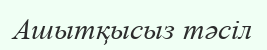
Ашытқысыз тәсіл